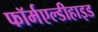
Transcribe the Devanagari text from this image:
फॉर्मएल्डीहाइड